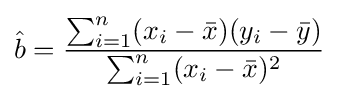
{\hat {b}}={\frac {\sum _{i=1}^{n}(x_{i}-{\bar {x}})(y_{i}-{\bar {y}})}{\sum _{i=1}^{n}(x_{i}-{\bar {x}})^{2}}}